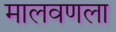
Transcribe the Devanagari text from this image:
मालवणला